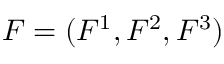
F = ( F ^ { 1 } , F ^ { 2 } , F ^ { 3 } )